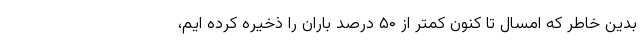
بدین خاطر که امسال تا کنون کمتر از ۵۰ درصد باران را ذخیره کرده ایم،